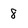
Character: 8